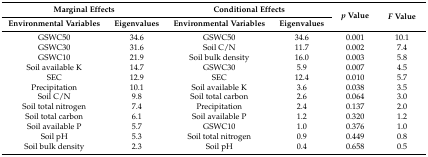
<table><thead><tr><td colspan="2"><b>Marginal Effects</b></td><td colspan="2"><b>Conditional Effects</b></td><td rowspan="2"><b><i>p</i> Value</b></td><td rowspan="2"><b><i>F</i> Value</b></td></tr><tr><td><b>Environmental Variables</b></td><td><b>Eigenvalues</b></td><td><b>Environmental Variables</b></td><td><b>Eigenvalues</b></td></tr></thead><tbody><tr><td>GSWC50</td><td>34.6</td><td>GSWC50</td><td>34.6</td><td>0.001</td><td>10.1</td></tr><tr><td>GSWC30</td><td>31.6</td><td>Soil C/N</td><td>11.7</td><td>0.002</td><td>7.4</td></tr><tr><td>GSWC10</td><td>21.9</td><td>Soil bulk density</td><td>16.0</td><td>0.003</td><td>5.8</td></tr><tr><td>Soil available K</td><td>14.7</td><td>GSWC30</td><td>5.9</td><td>0.007</td><td>4.5</td></tr><tr><td>SEC</td><td>12.9</td><td>SEC</td><td>12.4</td><td>0.010</td><td>5.7</td></tr><tr><td>Precipitation</td><td>10.1</td><td>Soil available K</td><td>3.6</td><td>0.038</td><td>3.5</td></tr><tr><td>Soil C/N</td><td>9.8</td><td>Soil total carbon</td><td>2.6</td><td>0.064</td><td>3.0</td></tr><tr><td>Soil total nitrogen</td><td>7.4</td><td>Precipitation</td><td>2.4</td><td>0.137</td><td>2.0</td></tr><tr><td>Soil total carbon</td><td>6.1</td><td>Soil available P</td><td>1.2</td><td>0.320</td><td>1.2</td></tr><tr><td>Soil available P</td><td>5.7</td><td>GSWC10</td><td>1.0</td><td>0.376</td><td>1.0</td></tr><tr><td>Soil pH</td><td>5.3</td><td>Soil total nitrogen</td><td>0.9</td><td>0.449</td><td>0.8</td></tr><tr><td>Soil bulk density</td><td>2.3</td><td>Soil pH</td><td>0.4</td><td>0.658</td><td>0.5</td></tr></tbody></table>